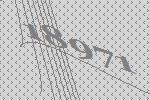
18971